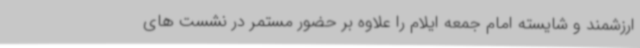
ارزشمند و شایسته امام جمعه ایلام را علاوه بر حضور مستمر در نشست های